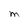
Character: M